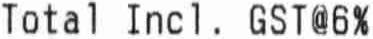
TOTAL INCL. GST@6%